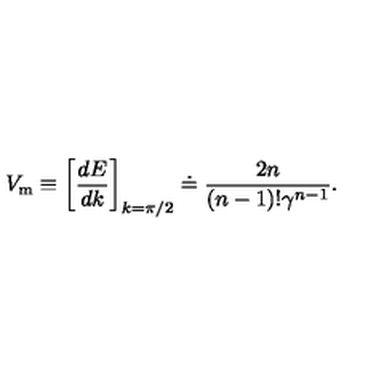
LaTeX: V _ { \mathrm { m } } \equiv \left[ { \frac { d E } { d k } } \right] _ { k = \pi / 2 } \doteq { \frac { 2 n } { ( n - 1 ) ! \gamma \sp { n - 1 } } } .